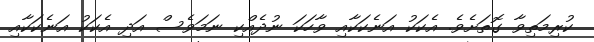
ކުރިމަތިވާ ގޮތަށެވެ. އެކަކު އަނެކަކާއި ވާހަކަ ނުދެއްކި ނަމަވެސް އަދި އެކަކު އަނެކަކާއި